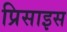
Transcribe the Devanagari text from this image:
प्रिसाइस